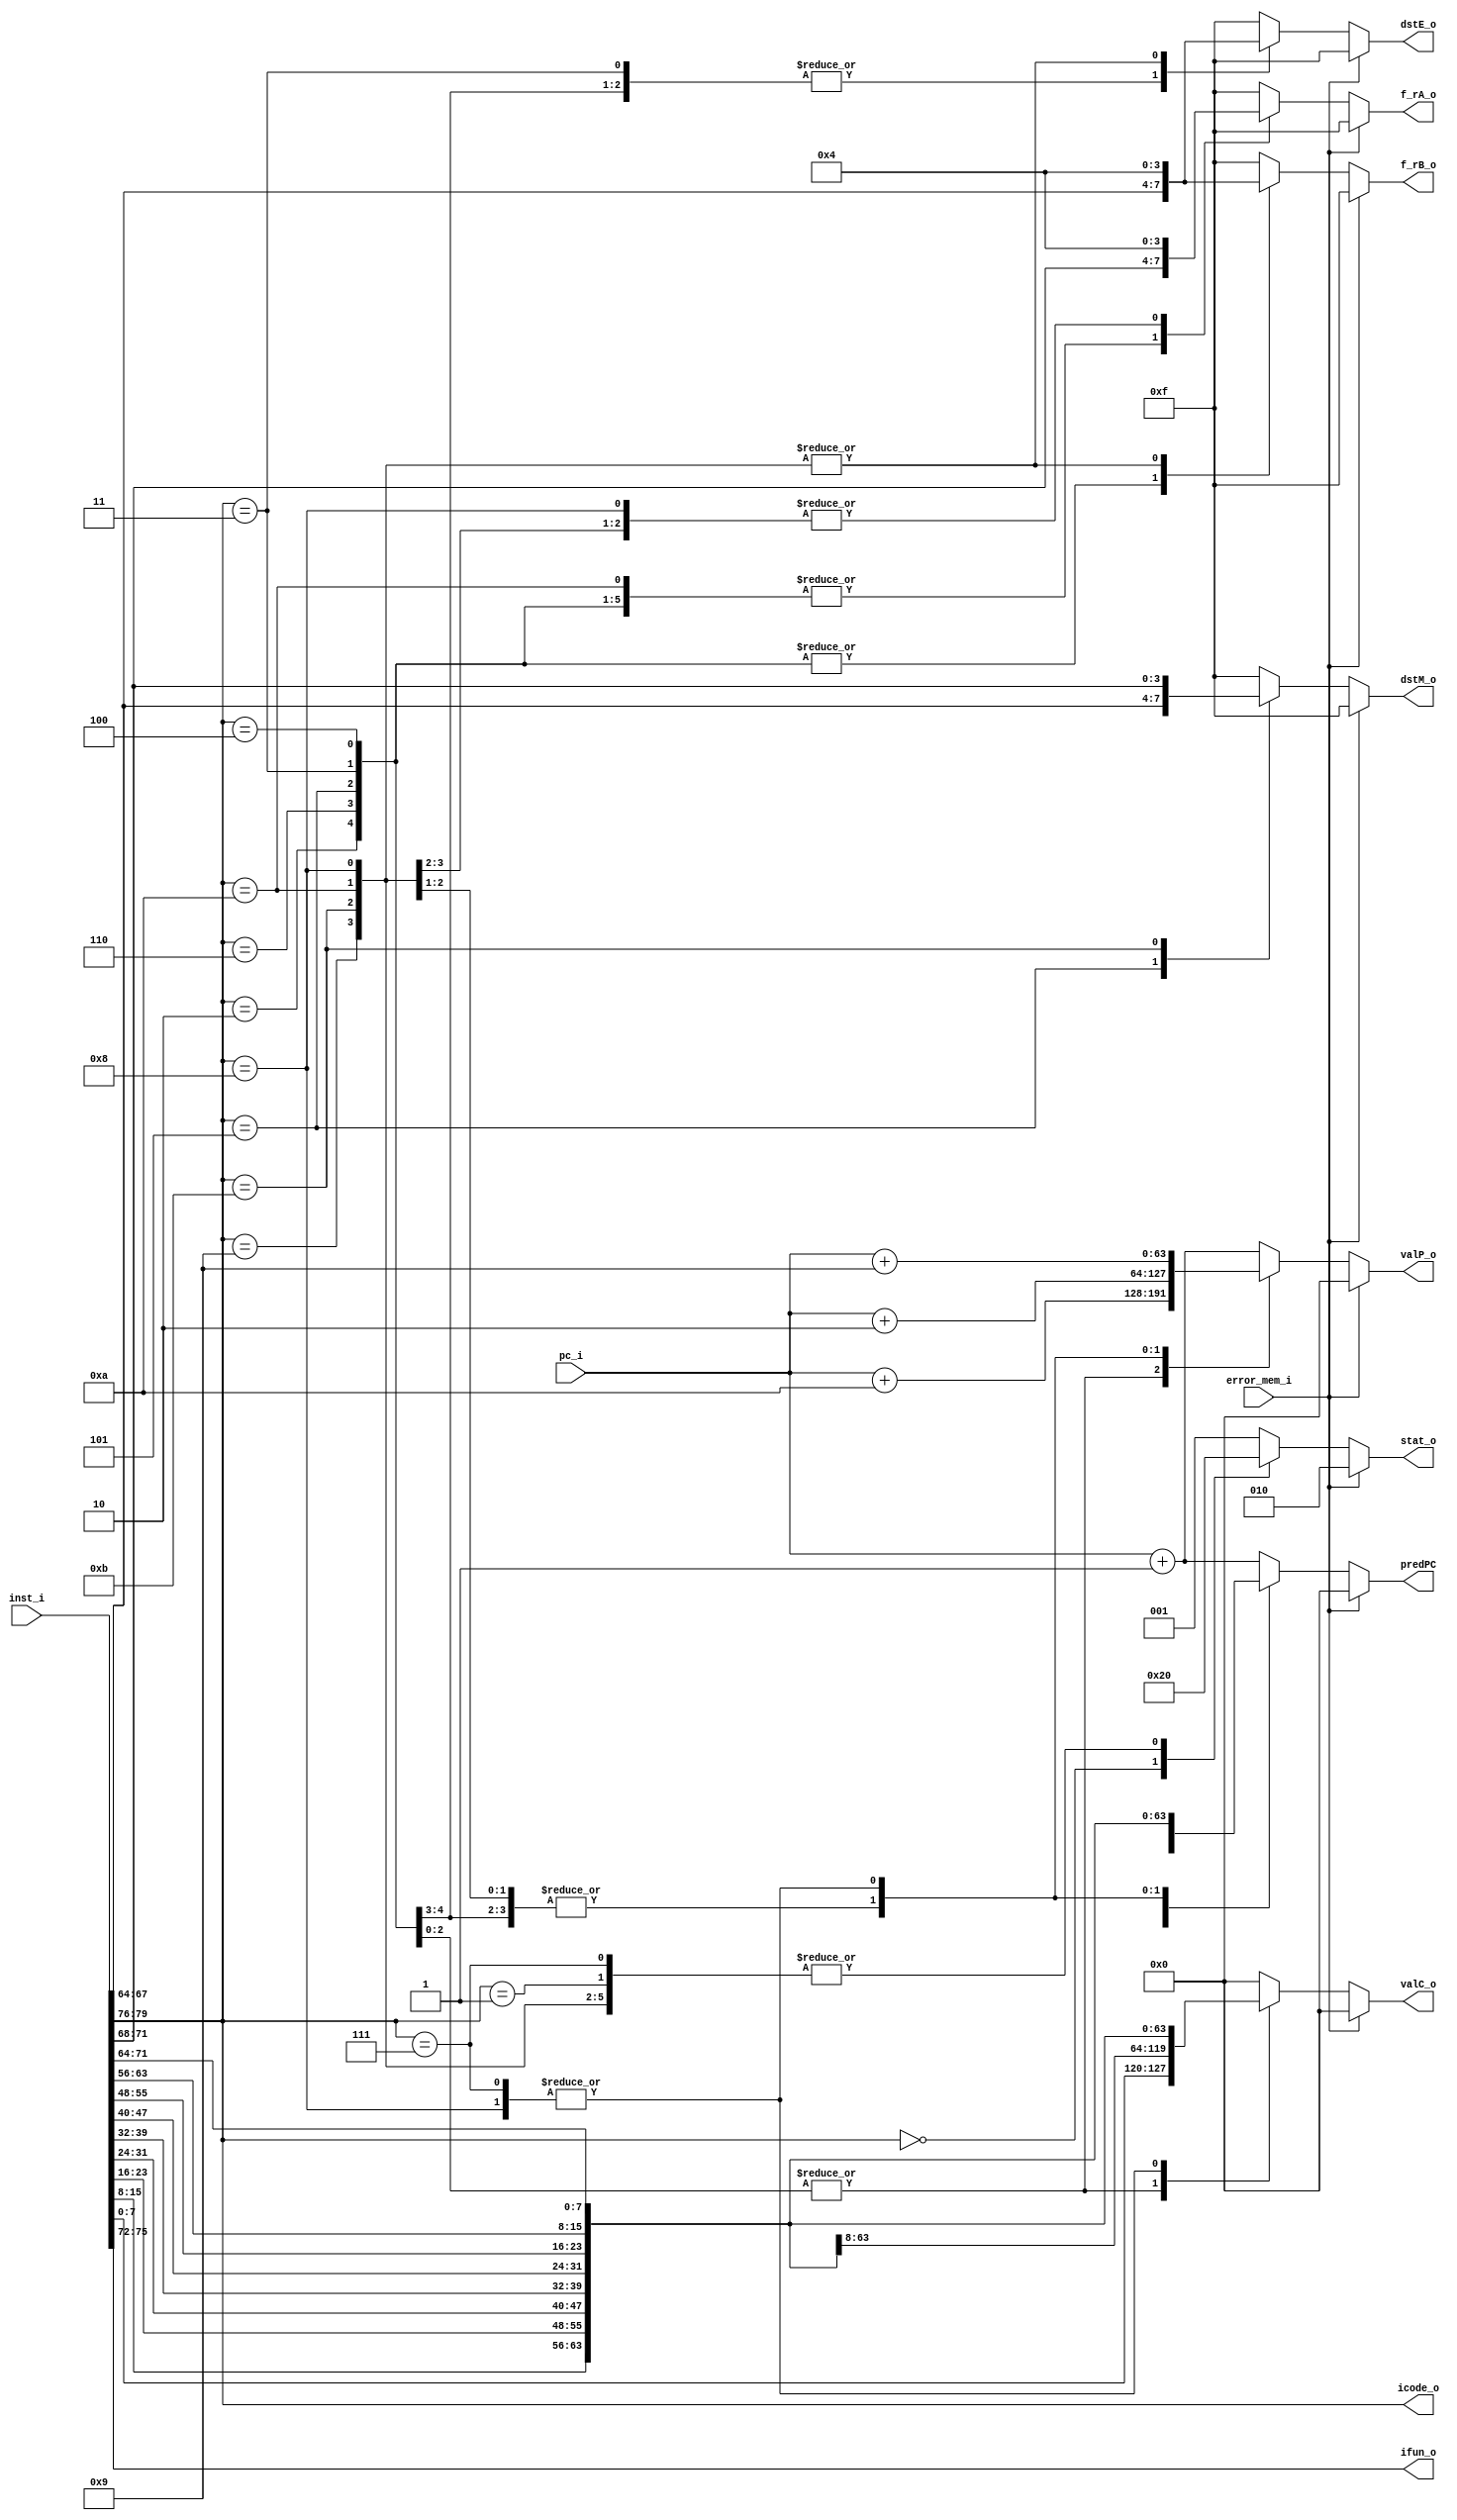
`timescale 1ns / 1ps

module fetch(pc_i,inst_i,valC_o,valP_o,dstE_o,error_mem_i,dstM_o,icode_o,ifun_o,f_rA_o,f_rB_o,predPC,stat_o);

input [63:0] pc_i;
input [79:0] inst_i;
input error_mem_i;
    
output reg [3:0] icode_o,ifun_o,f_rA_o,f_rB_o,dstE_o,dstM_o;
output reg [63:0] valC_o,valP_o,predPC;
output reg [2:0] stat_o;

always @(pc_i, inst_i, error_mem_i)
begin
	icode_o = inst_i[79:76];
        ifun_o = inst_i[75:72];
        f_rA_o = 4'HF;
        f_rB_o = 4'HF;
        valC_o = 64'H0;
        valP_o = 64'H0;
        dstE_o = 4'HF;
        dstM_o = 4'HF;
        stat_o = 3'B000;
        predPC = 64'H0;
       
       if(error_mem_i == 1'B0)
        begin
            case(icode_o)
                4'H0:
                    begin
                        valP_o = pc_i + 64'H1;
                        predPC = valP_o;
                        stat_o = 3'B100;
                    end
                4'H1:
                    begin
                        valP_o = pc_i + 64'H1;
                        predPC = valP_o;
                        stat_o = 3'B000;
                    end
                4'H2:
                    begin
                                            
                        f_rB_o = inst_i[67:64];stat_o = 3'B000;valP_o = pc_i + 64'H2;predPC = valP_o;f_rA_o = inst_i[71:68];
                
                        dstE_o = f_rB_o;
                    end
                4'H6:
                    begin
                    
                        f_rB_o = inst_i[67:64];
                       
                        dstE_o = f_rB_o; valP_o = pc_i + 64'H2;
                        predPC = valP_o;                        f_rA_o = inst_i[71:68];
                                              
                        stat_o = 3'B000;
                    end
                4'H5:
                    begin
                        f_rA_o = inst_i[71:68];
                        f_rB_o = inst_i[67:64];
                        valC_o = {inst_i[7:0], inst_i[15:8], inst_i[23:16], inst_i[31:24],
                                    inst_i[39:32], inst_i[47:40], inst_i[55:48], inst_i[63:56]};
                        valP_o = pc_i + 64'HA;
                        predPC = valP_o;
                        dstM_o = f_rB_o;
                        stat_o = 3'B000;
                    end
                4'H3:
                    begin
                        f_rA_o = inst_i[71:68];
                        f_rB_o = inst_i[67:64];
                        valC_o = {inst_i[7:0], inst_i[15:8], inst_i[23:16], inst_i[31:24],
                                    inst_i[39:32], inst_i[47:40], inst_i[55:48], inst_i[63:56]};
                        valP_o = pc_i + 64'HA;
                        predPC = valP_o;
                        dstE_o = f_rB_o;
                        stat_o = 3'B000;
                    end
                4'H4:
                    begin
                       
                        valC_o = {inst_i[7:0], inst_i[15:8], inst_i[23:16], inst_i[31:24],
                                    inst_i[39:32], inst_i[47:40], inst_i[55:48], inst_i[63:56]};
                        valP_o = pc_i + 64'HA;                        predPC = valP_o; f_rA_o = inst_i[71:68];
                        f_rB_o = inst_i[67:64];                        stat_o = 3'B000;
                    end
                4'H9:
                    begin
                        f_rA_o = 4'H4;
                       
                        dstE_o = 4'H4; f_rB_o = 4'H4;
                        valP_o = pc_i + 64'H1;
                        stat_o = 3'B000;
                    end
                
                4'H7:
                    begin
                        valC_o = {inst_i[15:8], inst_i[23:16], inst_i[31:24], inst_i[39:32],
                                    inst_i[47:40], inst_i[55:48], inst_i[63:56], inst_i[71:64]};
                        valP_o = pc_i + 64'H9;
                        predPC = valC_o;
                        stat_o = 3'B000;
                    end
                
                4'HB:
                    begin
                        f_rA_o = 4'H4;
                        f_rB_o = 4'H4;
                        valP_o = pc_i + 64'H2;
                        predPC = valP_o;
                        dstE_o = 4'H4;
                        dstM_o = inst_i[71:68];
                        stat_o = 3'B000;
                    end
                
                4'HA:
                    begin
                        f_rA_o = inst_i[71:68];
                        f_rB_o = 4'H4;
                        valP_o = pc_i + 64'H2;
                        predPC = valP_o;
                        dstE_o = 4'H4;
                        stat_o = 3'B000;
                    end
                 4'H8:
                    begin
                         dstE_o = 4'H4;
                        stat_o = 3'B000;
                        valC_o = {inst_i[15:8], inst_i[23:16], inst_i[31:24], inst_i[39:32],
                                    inst_i[47:40], inst_i[55:48], inst_i[63:56], inst_i[71:64]};
                        valP_o = pc_i + 64'H9;
                        predPC = valC_o;f_rA_o = 4'H4;
                        f_rB_o = 4'H4;
                       
                    end
                default:
                    begin   
                        valP_o = pc_i + 64'H1;
                        predPC = valP_o;
                        stat_o = 3'B001;
                    end
            endcase
        end
        else
        begin
            stat_o = 3'B010;
        end
    end

endmodule